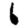
Digit: 6